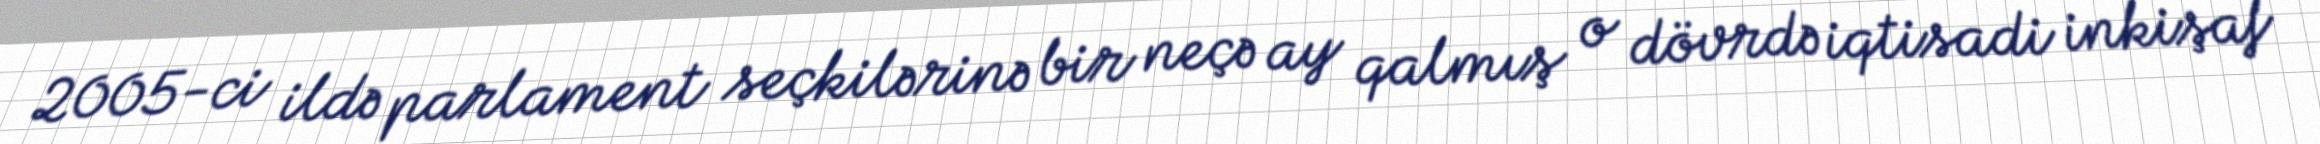
2005-ci ildə parlament seçkilərinə bir neçə ay qalmış o dövrdə iqtisadi inkişaf